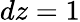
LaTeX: dz=1